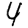
Digit: 4